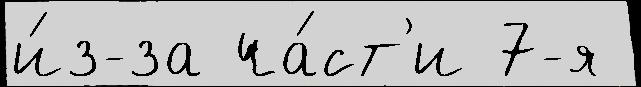
и́з-за ча́ст'и 7-я